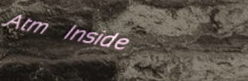
Atm Inside